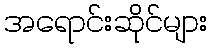
အရောင်းဆိုင်များ